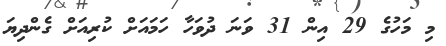
މި މަހުގެ 29 އިން 31 ވަނަ ދުވަހާ ހަމައަށް ކުރިއަށް ގެންދިޔަ